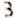
3